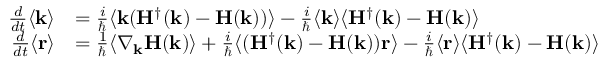
\begin{array} { r l } { \frac { d } { d t } \langle \mathbf { k } \rangle } & { = \frac { i } { \hbar } \langle \mathbf { k } ( \mathbf { H } ^ { \dagger } ( \mathbf { k } ) - \mathbf { H } ( \mathbf { k } ) ) \rangle - \frac { i } { \hbar } \langle \mathbf { k } \rangle \langle \mathbf { H } ^ { \dagger } ( \mathbf { k } ) - \mathbf { H } ( \mathbf { k } ) \rangle } \\ { \frac { d } { d t } \langle \mathbf { r } \rangle } & { = \frac { 1 } { \hbar } \langle \nabla _ { \mathbf { k } } \mathbf { H } ( \mathbf { k } ) \rangle + \frac { i } { \hbar } \langle ( \mathbf { H } ^ { \dagger } ( \mathbf { k } ) - \mathbf { H } ( \mathbf { k } ) ) \mathbf { r } \rangle - \frac { i } { \hbar } \langle \mathbf { r } \rangle \langle \mathbf { H } ^ { \dagger } ( \mathbf { k } ) - \mathbf { H } ( \mathbf { k } ) \rangle } \end{array}